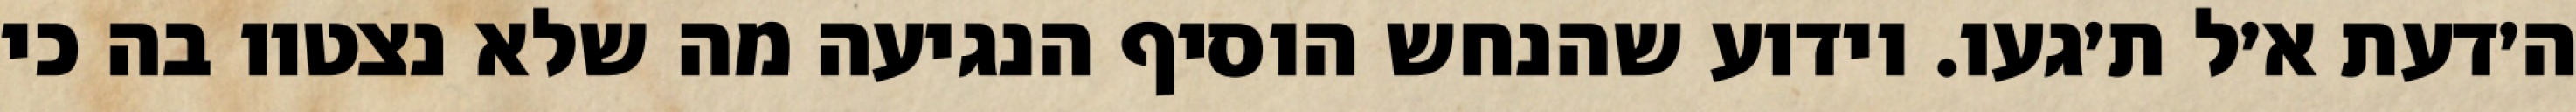
ה׳דעת א׳ל ת׳געו. וידוע שהנחש הוסיף הנגיעה מה שלא נצטוו בה כי